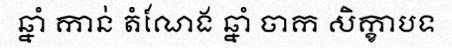
ឆ្នាំ កាន់ តំណែង ឆ្នាំ ចាក សិក្ខាបទ